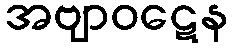
အဗျာဝဋေန